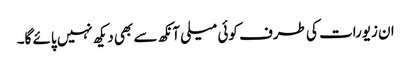
ان زیورات کی طرف کوئی میلی آنکھ سے بھی دیکھ نہیں پائے گا۔